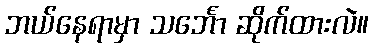
ဘယ်နေရာမှာ သင်္ဘော ဆိုက်ထားလဲ။